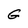
Character: G